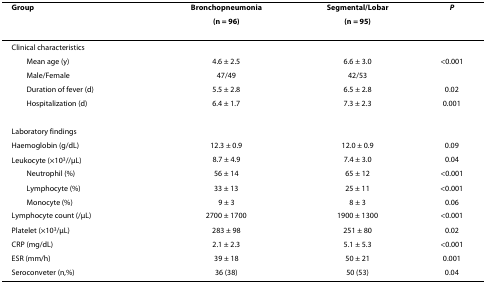
<table><thead><tr><td><b>Group</b></td><td><b>Bronchopneumonia</b></td><td><b>Segmental/Lobar</b></td><td><b><i>P</i></b></td></tr><tr><td></td><td><b>(n = 96)</b></td><td><b>(n = 95)</b></td><td></td></tr></thead><tbody><tr><td>Clinical characteristics</td><td></td><td></td><td></td></tr><tr><td> Mean age (y)</td><td>4.6 ± 2.5</td><td>6.6 ± 3.0</td><td>&lt;0.001</td></tr><tr><td> Male/Female</td><td>47/49</td><td>42/53</td><td></td></tr><tr><td> Duration of fever (d)</td><td>5.5 ± 2.8</td><td>6.5 ± 2.8</td><td>0.02</td></tr><tr><td> Hospitalization (d)</td><td>6.4 ± 1.7</td><td>7.3 ± 2.3</td><td>0.001</td></tr><tr><td>Laboratory findings</td><td></td><td></td><td></td></tr><tr><td>Haemoglobin (g/dL)</td><td>12.3 ± 0.9</td><td>12.0 ± 0.9</td><td>0.09</td></tr><tr><td>Leukocyte (×10<sup>3</sup>//μL)</td><td>8.7 ± 4.9</td><td>7.4 ± 3.0</td><td>0.04</td></tr><tr><td> Neutrophil (%)</td><td>56 ± 14</td><td>65 ± 12</td><td>&lt;0.001</td></tr><tr><td> Lymphocyte (%)</td><td>33 ± 13</td><td>25 ± 11</td><td>&lt;0.001</td></tr><tr><td> Monocyte (%)</td><td>9 ± 3</td><td>8 ± 3</td><td>0.06</td></tr><tr><td>Lymphocyte count (/μL)</td><td>2700 ± 1700</td><td>1900 ± 1300</td><td>&lt;0.001</td></tr><tr><td>Platelet (×10<sup>3</sup>/μL)</td><td>283 ± 98</td><td>251 ± 80</td><td>0.02</td></tr><tr><td>CRP (mg/dL)</td><td>2.1 ± 2.3</td><td>5.1 ± 5.3</td><td>&lt;0.001</td></tr><tr><td>ESR (mm/h)</td><td>39 ± 18</td><td>50 ± 21</td><td>0.001</td></tr><tr><td>Seroconveter (n,%)</td><td>36 (38)</td><td>50 (53)</td><td>0.04</td></tr></tbody></table>